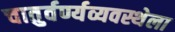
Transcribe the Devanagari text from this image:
चातुर्वर्ण्यव्यवस्थेला